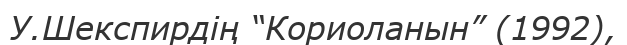
У.Шекспирдің “Кориоланын” (1992),